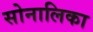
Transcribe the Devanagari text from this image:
सोनालिका